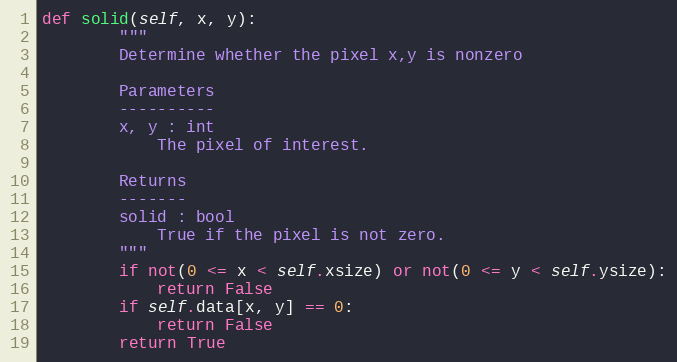
Language: Python
def solid(self, x, y):
        """
        Determine whether the pixel x,y is nonzero

        Parameters
        ----------
        x, y : int
            The pixel of interest.

        Returns
        -------
        solid : bool
            True if the pixel is not zero.
        """
        if not(0 <= x < self.xsize) or not(0 <= y < self.ysize):
            return False
        if self.data[x, y] == 0:
            return False
        return True